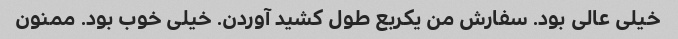
خیلی عالی بود. سفارش من یکربع طول کشید آوردن. خیلی خوب بود. ممنون